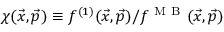
\chi ( \vec { x } , \vec { p } ) \equiv f ^ { ( 1 ) } ( \vec { x } , \vec { p } ) / f ^ { \mathrm { ~ M ~ B ~ } } ( \vec { x } , \vec { p } )